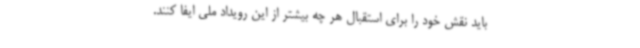
باید نقش خود را برای استقبال هر چه بیشتر از این رویداد ملی ایفا کنند.